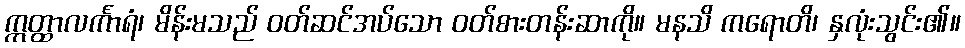
ဣတ္ထာလင်္ကာရံ၊ မိန်းမသည် ဝတ်ဆင်အပ်သော ဝတ်စားတန်းဆာကို။ မနသိ ကရောတိ၊ နှလုံးသွင်း၏။